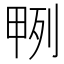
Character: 𭻎